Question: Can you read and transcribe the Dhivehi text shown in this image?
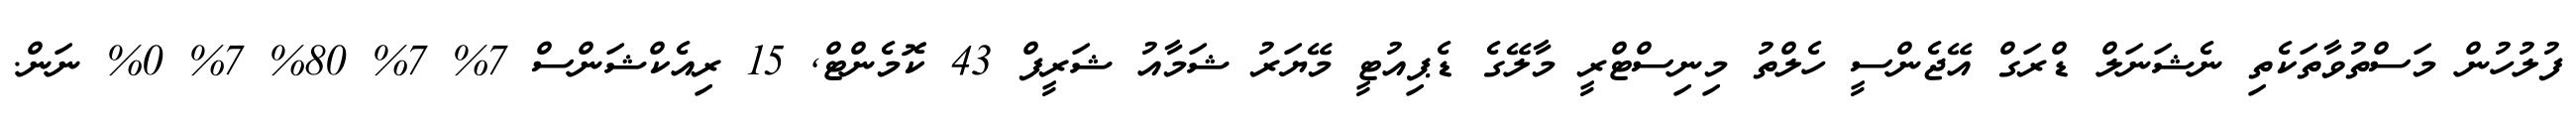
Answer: ފުލުހުން މަސްތުވާތަކެތި ނެޝަނަލް ޑްރަގް އޭޖެންސީ ހެލްތު މިނިސްޓްރީ މާލޭގެ ޑެޕިއުޓީ މޭޔަރު ޝަމާއު ޝަރީފް 43 ކޮމެންޓް, 15 ރިއެކްޝަންސް 7% 7% 80% 7% 0% ނަން.